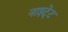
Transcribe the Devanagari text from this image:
नाइटे्ट